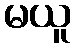
မယူ